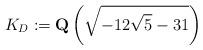
LaTeX: \begin{align*}K_D:=\mbox{\bf Q}\left(\sqrt{-12\sqrt{5}-31}\right)\end{align*}